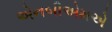
એનબીએમએ